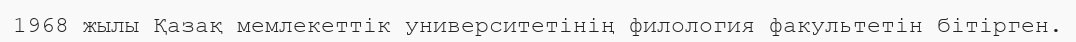
1968 жылы Қазақ мемлекеттік университетінің филология факультетін бітірген.